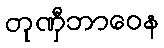
တုဏှီဘာဝေန